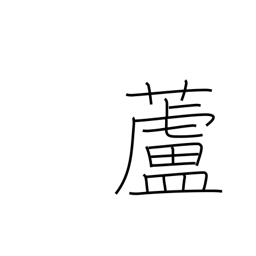
Meaning: reed